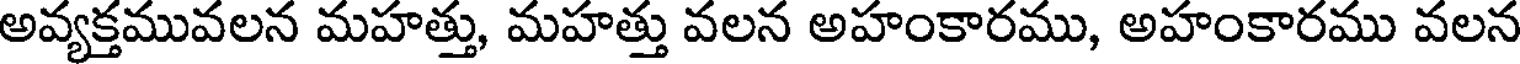
అవ్యక్తమువలన మహత్తు, మహత్తు వలన అహంకారము, అహంకారము వలన